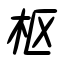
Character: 枢